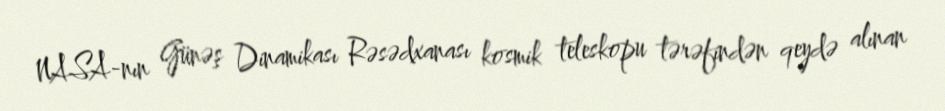
NASA-nın Günəş Dinamikası Rəsədxanası kosmik teleskopu tərəfindən qeydə alınan